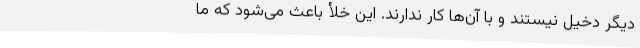
دیگر دخیل نیستند و با آن‌ها کار ندارند. این خلأ باعث می‌شود که ما